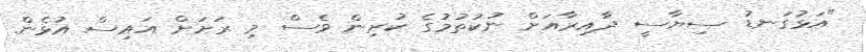
"އަޅުގަނޑު ސިޔާސީ ދާއިރާއަށް ނުކުތުމުގެ ކުރިން ވެސް މި ރަށަށް އައިސް އުޅެން.